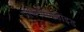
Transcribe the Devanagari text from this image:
प्रोपेनल्डिहाइड